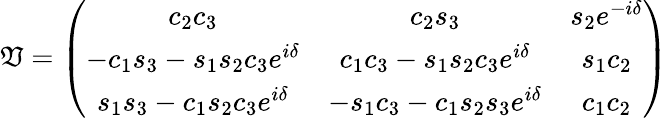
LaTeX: \mathfrak{V}=\left(\begin{array}{ccc}{{c_{2}c_{3}}}&{{c_{2}s_{3}}}&{{s_{2}e^{-i\delta}}}\\ {{-c_{1}s_{3}-s_{1}s_{2}c_{3}e^{i\delta}}}&{{c_{1}c_{3}-s_{1}s_{2}c_{3}e^{i\delta}}}&{{s_{1}c_{2}}}\\ {{s_{1}s_{3}-c_{1}s_{2}c_{3}e^{i\delta}}}&{{-s_{1}c_{3}-c_{1}s_{2}s_{3}e^{i\delta}}}&{{c_{1}c_{2}}}\end{array}\right)